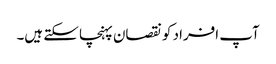
آپ افراد کو نقصان پہنچا سکتے ہیں۔